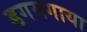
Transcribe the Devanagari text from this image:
डगमगाया